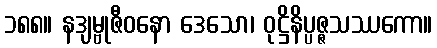
၁၈၈။ နဒျမ္ဗုဇီဝနော ဒေသော၊ ဝုဋ္ဌိနိပ္ပဇ္ဇသဿကော။